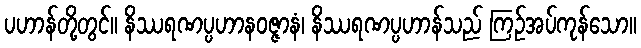
ပဟာန်တို့တွင်။ နိဿရဏပ္ပဟာနဝဇ္ဇာနံ၊ နိဿရဏပ္ပဟာန်သည် ကြဉ်အပ်ကုန်သော။